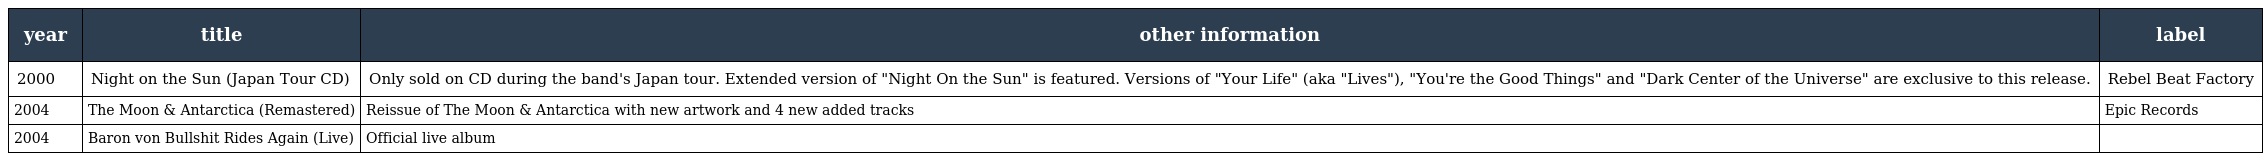
| year | title | other information | label |
 | --- | --- | --- | --- |
 | 2000 | Night on the Sun (Japan Tour CD) | Only sold on CD during the band's Japan tour. Extended version of "Night On the Sun" is featured. Versions of "Your Life" (aka "Lives"), "You're the Good Things" and "Dark Center of the Universe" are exclusive to this release. | Rebel Beat Factory |
 | 2004 | The Moon & Antarctica (Remastered) | Reissue of The Moon & Antarctica with new artwork and 4 new added tracks | Epic Records |
 | 2004 | Baron von Bullshit Rides Again (Live) | Official live album |  |